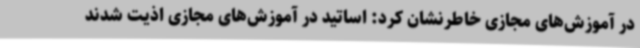
در آموزش‌های مجازی خاطرنشان کرد: اساتید در آموزش‌های مجازی اذیت شدند